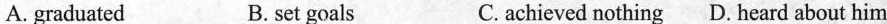
A. graduated B. set goals C. achieved nothing D. Heard about him